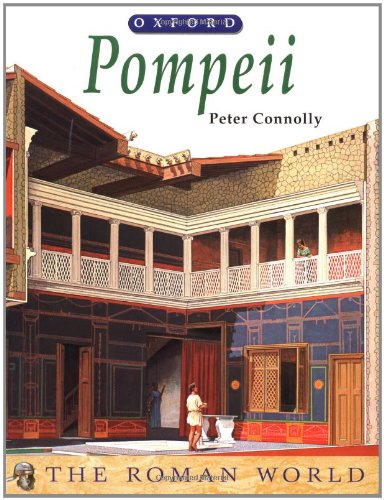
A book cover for Pompeii (The Roman World); Peter Connolly; Children's Books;